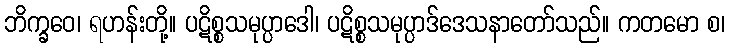
ဘိက္ခဝေ၊ ရဟန်းတို့။ ပဋိစ္စသမုပ္ပာဒေါ၊ ပဋိစ္စသမုပ္ပာဒ်ဒေသနာတော်သည်။ ကတမော စ၊